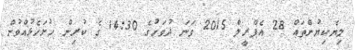
ލިޔެކިޔުންތައް 28 އެޕްރީލް 2015 ވަނަ ދުވަހުގެ 14:30 ގެ ކުރިން ހުށަހެޅުއްވުން